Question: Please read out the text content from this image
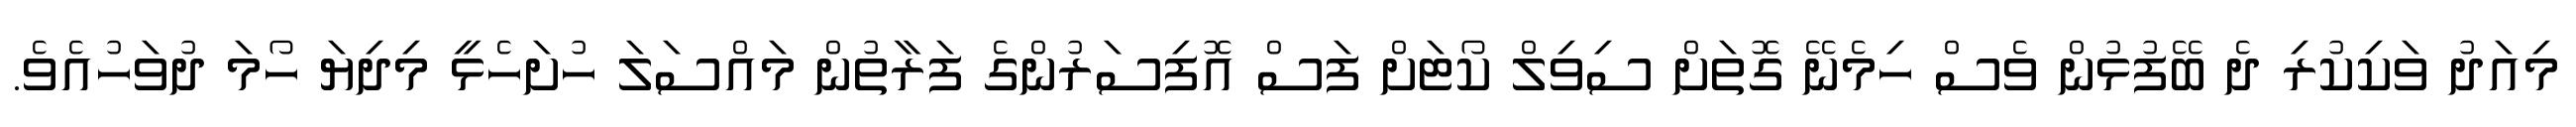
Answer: މިއަދު ވަކިކުރި ދެ ބޭފުޅުން ވެސް ހިމެނޭ ގޮތަށް ސިވިލް ކޯޓަށް ފަސް އޮފިސަރުންގެ ފަރާތުން މައްސަލަ ހުށަހެޅީ މިދިޔަ ހޯމަ ދުވަހުއެވެ.